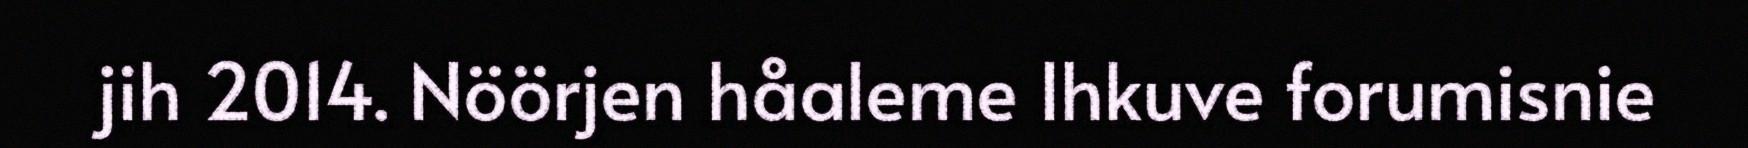
jih 2014. Nöörjen håaleme Ihkuve forumisnie